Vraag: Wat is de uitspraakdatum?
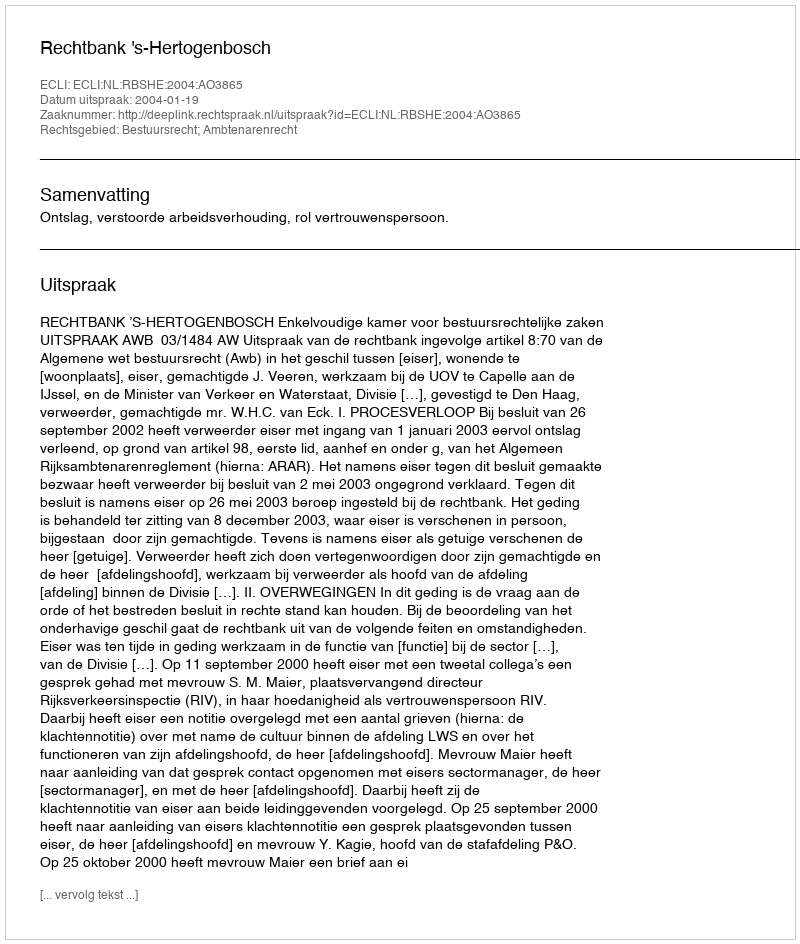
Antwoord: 2004-01-19